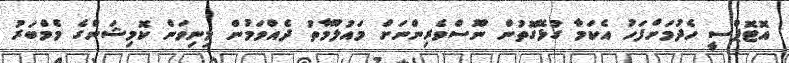
އޮޓޮޕްސީ ހެދުމަށްފަހު އެކަމާ ގުޅޭގޮތުން ނޫސްވެރިންނަށް މައުލޫމާތު ދެއްވަމުން މިނިވަން ކޮމިޝަންގެ މެމްބަރު